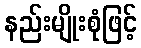
နည်းမျိုးစုံဖြင့်